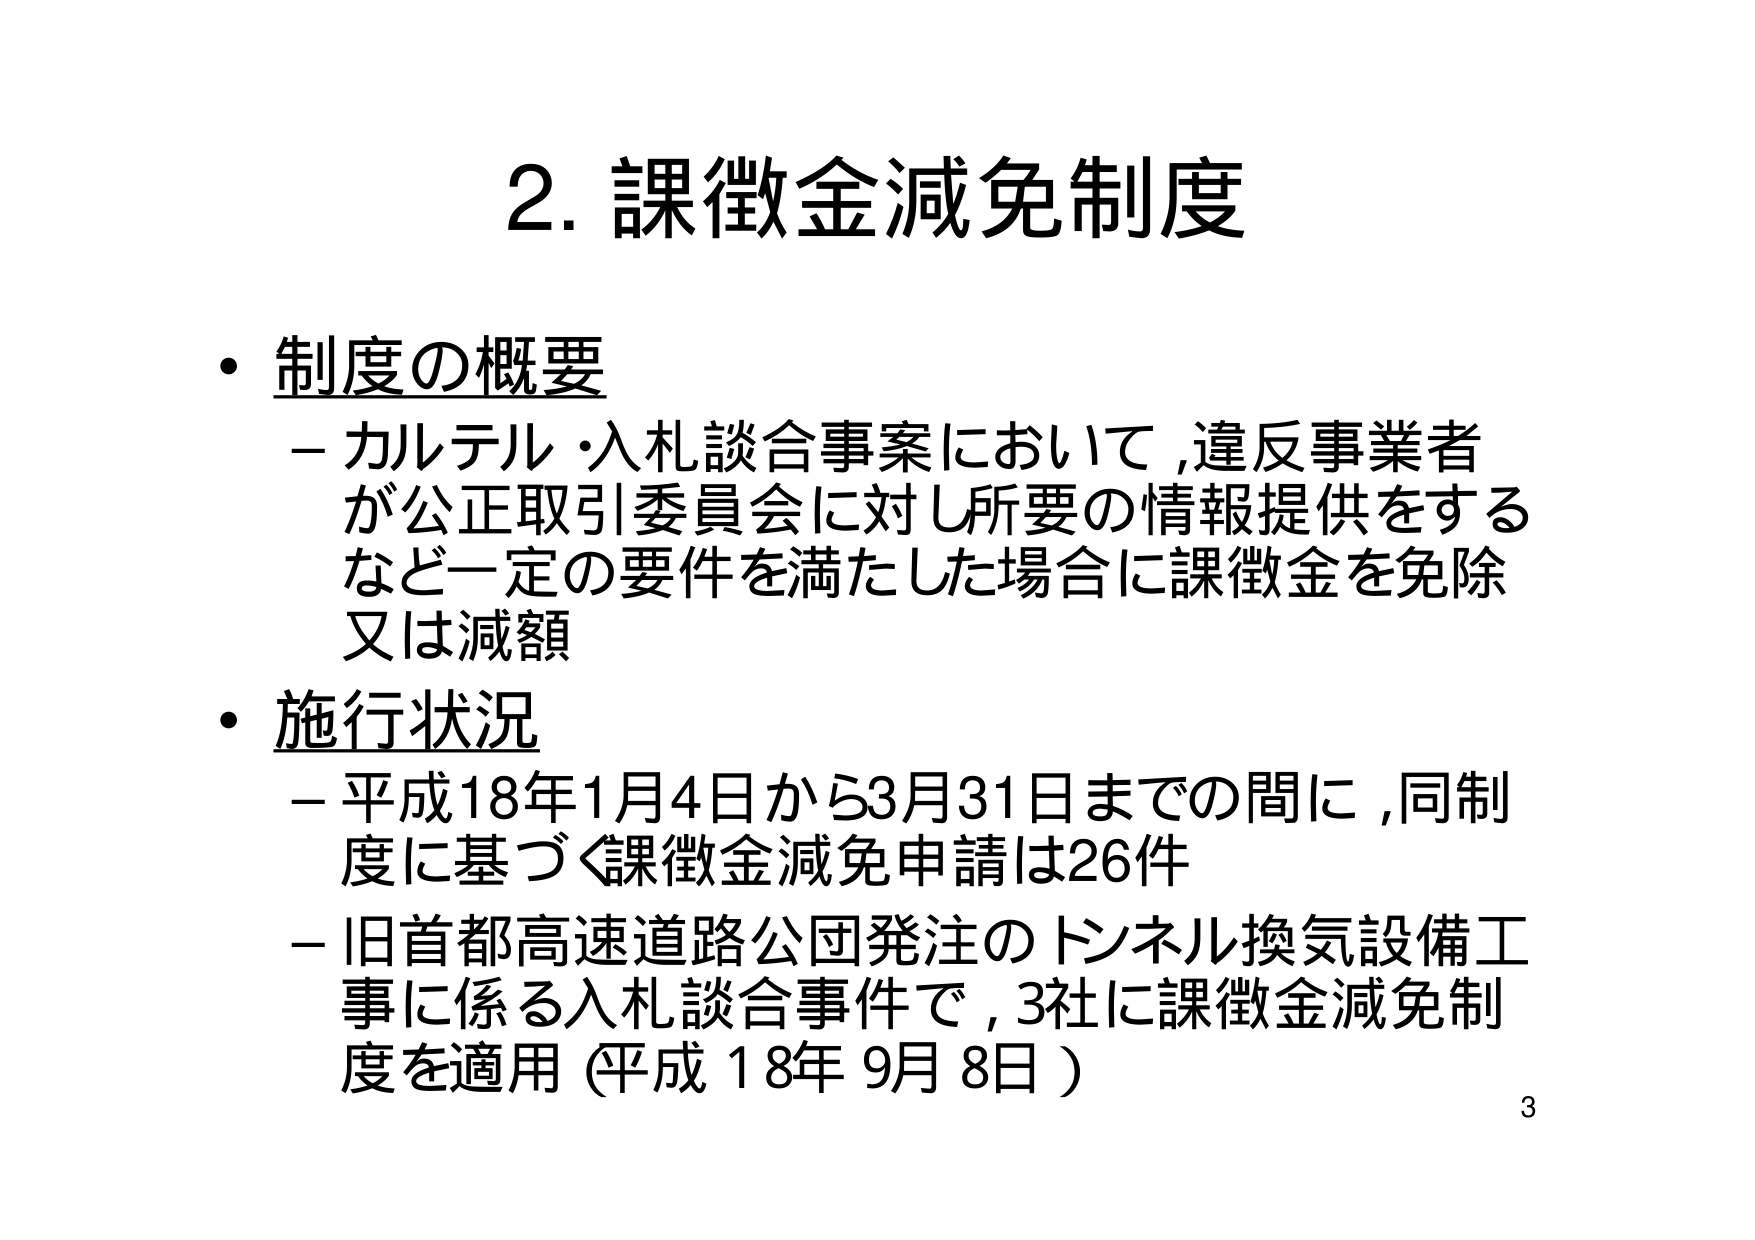
2. 課徴金減免制度

・制度の概要
－カルテル・入札談合事案において,違反事業者が公正取引委員会に対し所要の情報提供をするなど一定の要件を満たした場合に課徴金を免除又は減額

・施行状況
－平成18年1月4日から3月31日までの間に,同制度に基づく課徴金減免申請は26件
－旧首都高速道路公団発注のトンネル換気設備工事に係る入札談合事件で,3社に課徴金減免制度を適用（平成18年9月8日）

3